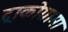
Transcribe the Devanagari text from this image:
ट्राकोग्रामा